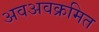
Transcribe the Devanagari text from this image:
अवअवक्रमित